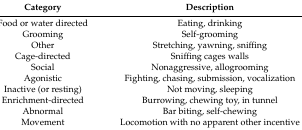
| Category | Description |
 | --- | --- |
 | Food or water directed | Eating, drinking |
 | Grooming | Self-grooming |
 | Other | Stretching, yawning, sniffing |
 | Cage-directed | Sniffing cages walls |
 | Social | Nonaggressive, allogrooming |
 | Agonistic | Fighting, chasing, submission, vocalization |
 | Inactive (or resting) | Not moving, sleeping |
 | Enrichment-directed | Burrowing, chewing toy, in tunnel |
 | Abnormal | Bar biting, self-chewing |
 | Movement | Locomotion with no apparent other incentive |